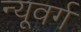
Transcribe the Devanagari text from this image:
न्यूवर्ग